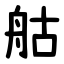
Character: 䑩